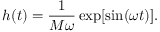
h ( t ) = \frac { 1 } { M \omega } \exp [ \sin ( \omega t ) ] .